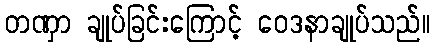
တဏှာ ချုပ်ခြင်းကြောင့် ဝေဒနာချုပ်သည်။